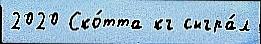
2020 Ско́тта кг сыгра́л